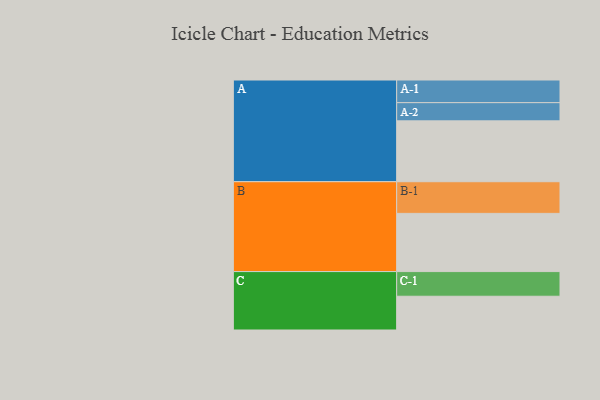
{"axis": {"x": "Segment", "y": "Value"}, "legend": ["", "A", "B", "C"], "data": [{"x": "A", "y": 548, "type": ""}, {"x": "B", "y": 524, "type": ""}, {"x": "C", "y": 304, "type": ""}, {"x": "A-1", "y": 204, "type": "A"}, {"x": "A-2", "y": 164, "type": "A"}, {"x": "B-1", "y": 285, "type": "B"}, {"x": "C-1", "y": 222, "type": "C"}]}